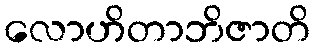
လောဟိတာဘိဇာတိ